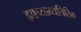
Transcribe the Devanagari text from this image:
ह्याच्याव्यतिरिक्त